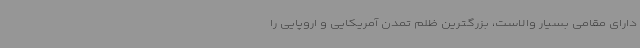
دارای مقامی بسیار والاست، بزرگترین ظلم تمدن آمریکایی و اروپایی را